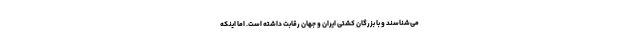
می‌شناسند و با بزرگان کشتی ایران و جهان رقابت داشته است. اما اینکه